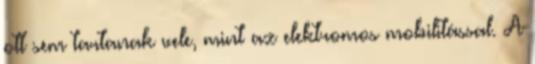
ott sem tartanak vele, mint az elektromos mobilitással. A